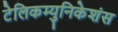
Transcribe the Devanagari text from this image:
टेलिकम्युनिकेशंस